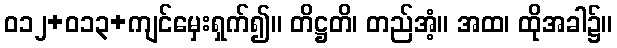
ဝ၁၂+၀၁၃+ကျင်မှေးရှက်၍။ တိဋ္ဌတိ၊ တည်အံ့။ အထ၊ ထိုအခါ၌။